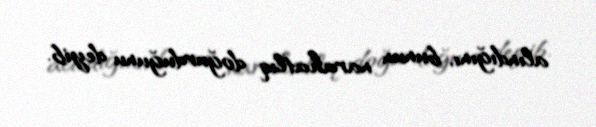
alındığını, bunun narahatlıq doğurduğunu deyib.